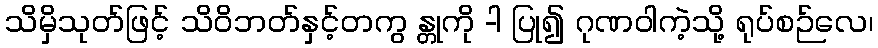
သိမှိသုတ်ဖြင့် သိဝိဘတ်နှင့်တကွ န္တုကို -ါ ပြု၍ ဂုဏဝါကဲ့သို့ ရုပ်စဉ်လေ၊